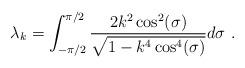
LaTeX: \begin{align*} \lambda_k=\int_{-\pi/2}^{\pi/2} \frac{2k^2\cos^2(\sigma)}{\sqrt{1-k^4\cos^4(\sigma)}}d\sigma~.\end{align*}